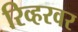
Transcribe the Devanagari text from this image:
रिव्हरवर